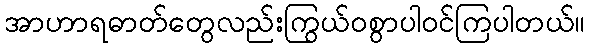
အာဟာရဓာတ်တွေလည်းကြွယ်ဝစွာပါဝင်ကြပါတယ်။